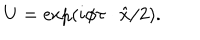
U = \exp ( i \phi \tau \cdot \hat { x } / 2 ) .